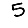
Digit: 5